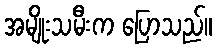
အမျိုးသမီးက ပြောသည်။